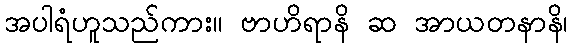
အပါရံဟူသည်ကား။ ဗာဟိရာနိ ဆ အာယတနာနိ၊